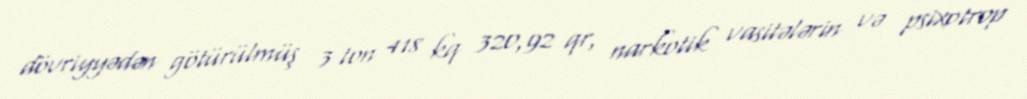
dövriyyədən götürülmüş 3 ton 418 kq 320,92 qr, narkotik vasitələrin və psixotrop